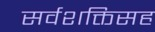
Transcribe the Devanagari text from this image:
सर्वशक्तिसह